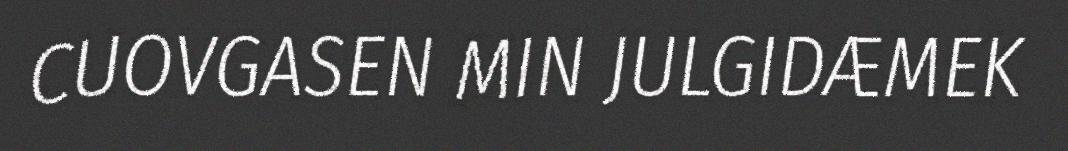
CUOVGASEN MIN JULGIDÆMEK